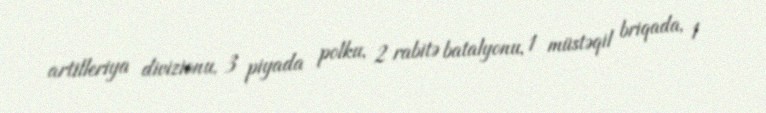
artilleriya divizionu, 3 piyada polku, 2 rabitə batalyonu, 1 müstəqil briqada, 1